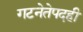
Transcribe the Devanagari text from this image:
गटनेतेपदही